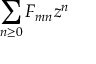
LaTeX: \sum _ { n \geq 0 } F _ { m n } z ^ { n }